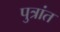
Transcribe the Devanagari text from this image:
पुत्रांत